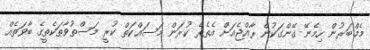
މެމްބަރުން ހިމެނޭ ގޭންގަކުން ރާއްޖެއަށް އެތެރެ ކުރަން މަސައްކަތް ކުރީ މަސްތުވާތަކެތީގެ ބާވަތެއް